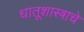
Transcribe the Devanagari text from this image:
धातूशास्त्राचे